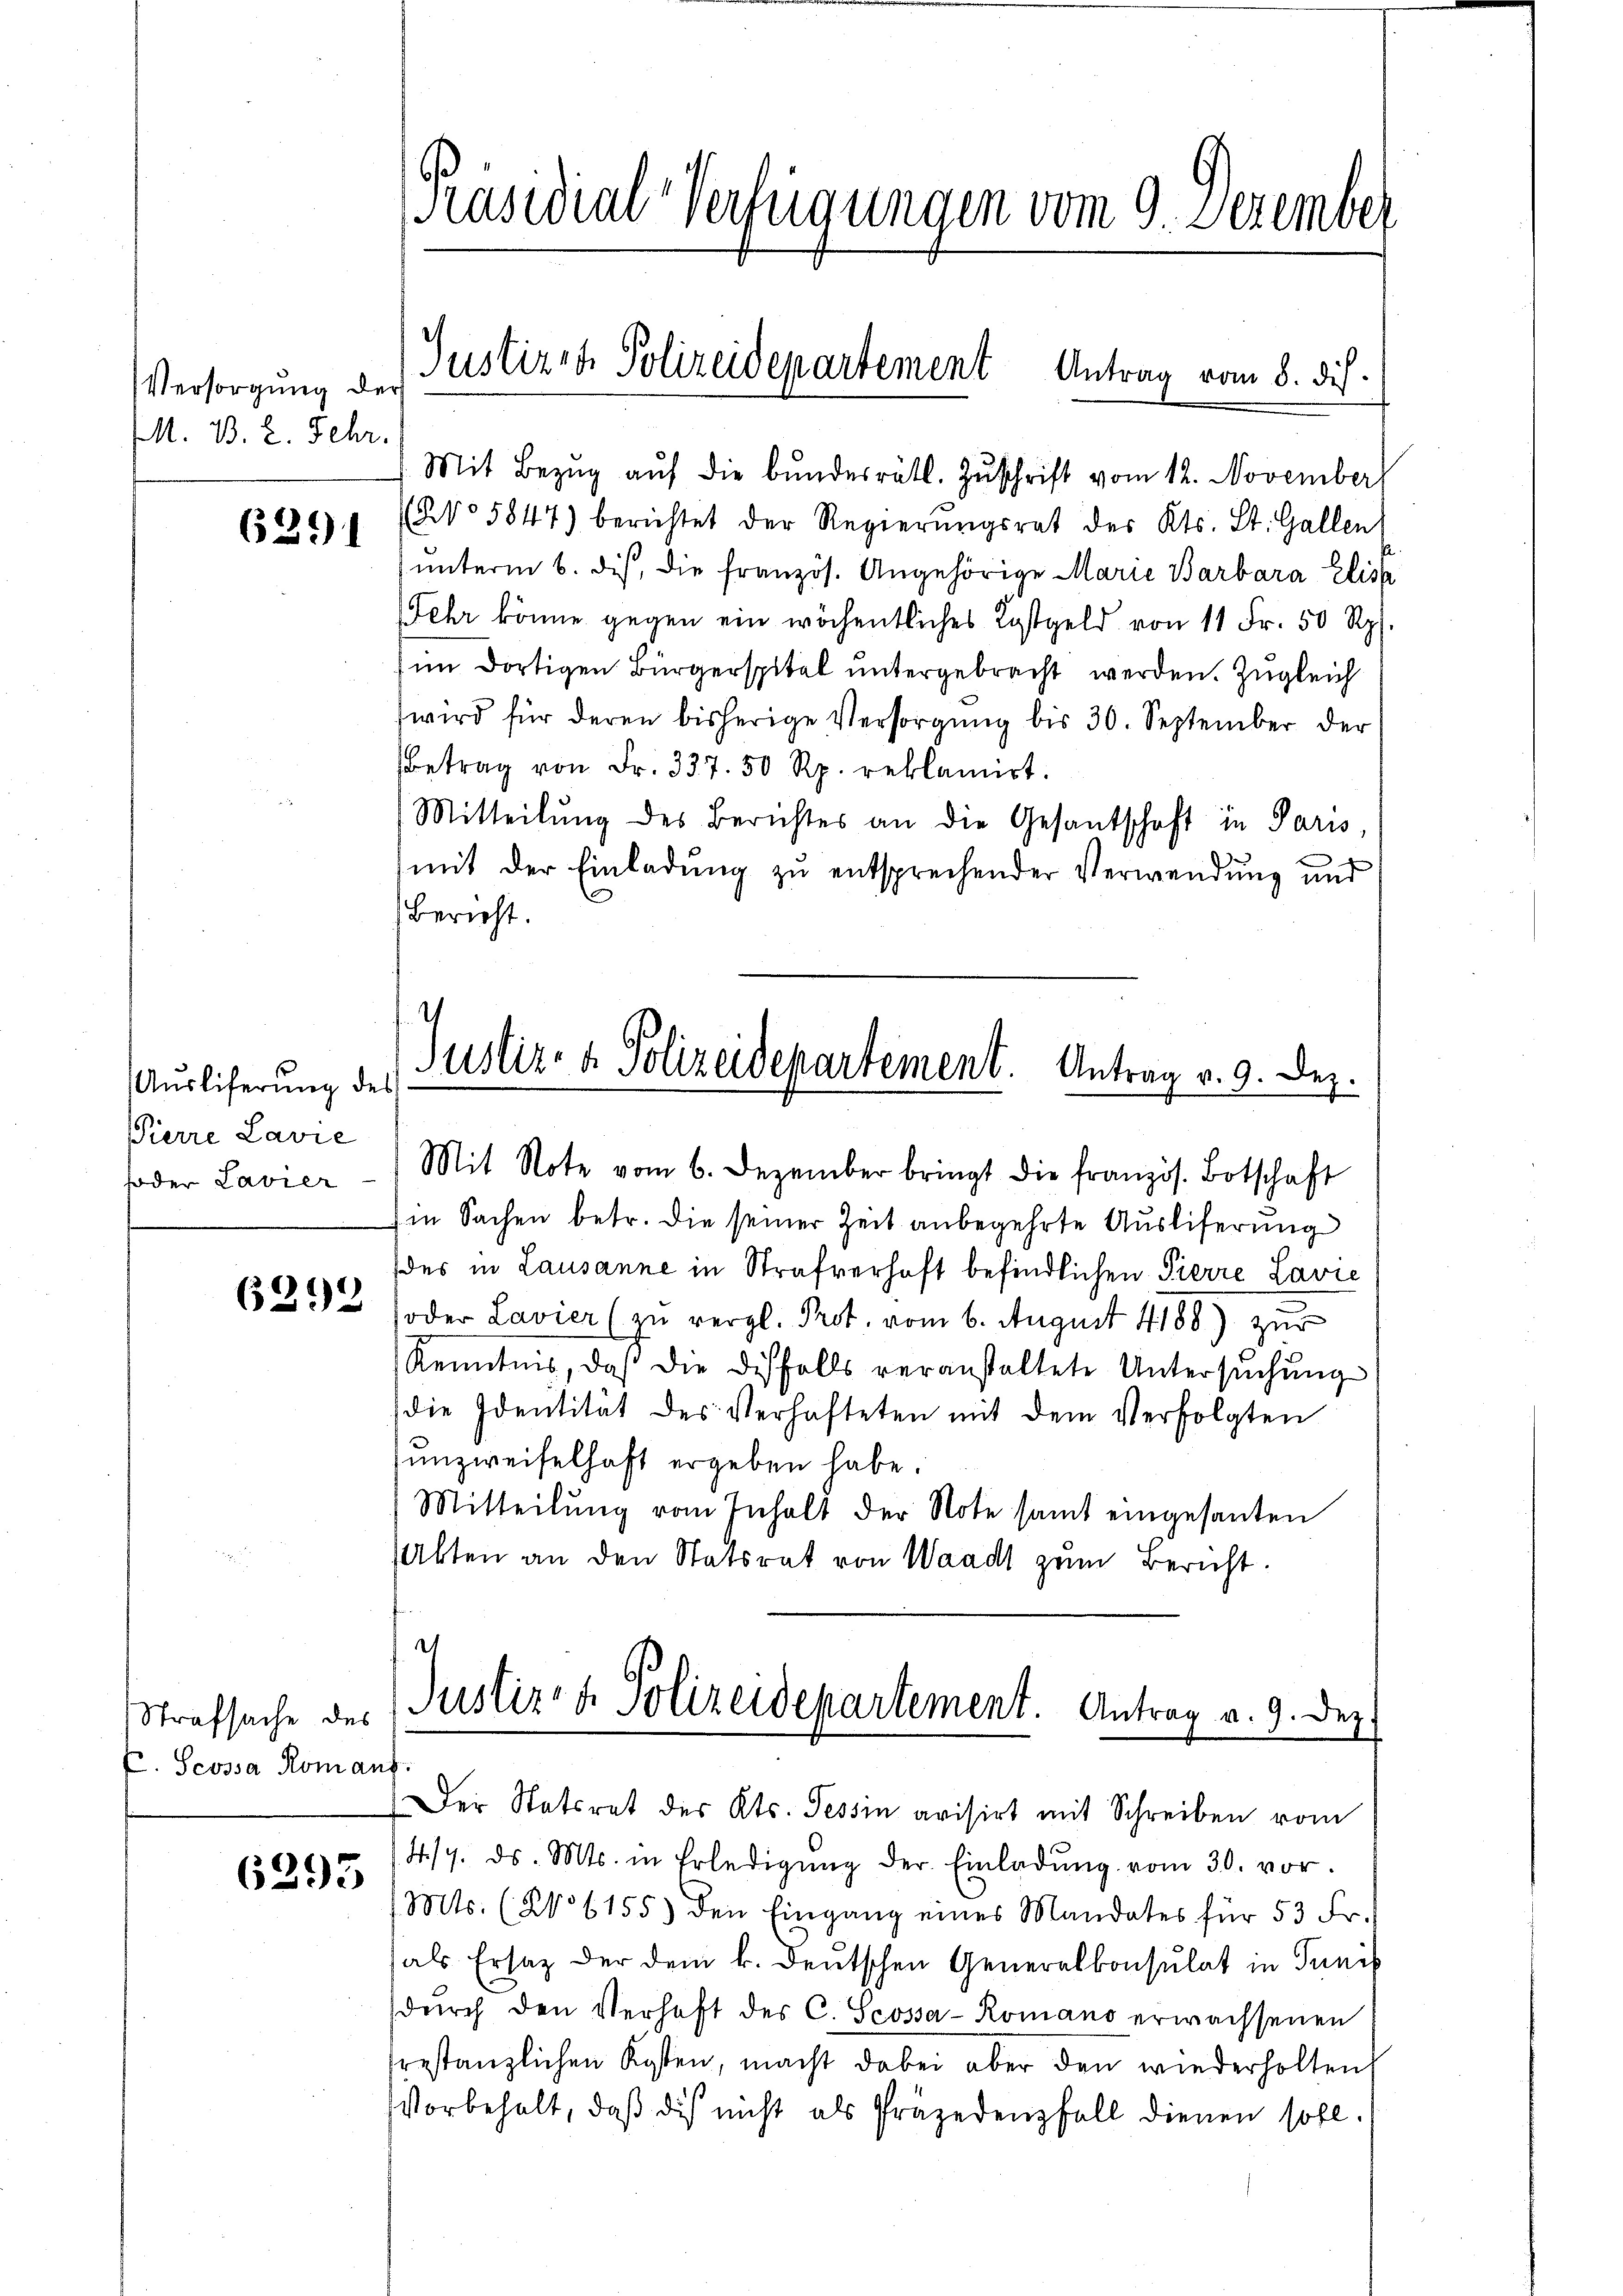
Versorgung der
M. B. 2. Fehr.

6391

Ausliferung des
Pierre Lavie
foder Lavier

6292

Strafsache des
E. Scossa Roma

6295

Präsidial-Verfügungen vom 9. Dezember

Justiren Polizeidepartement Antrag vom 8. ds.

Mit Bezŭg aŭf die bŭndesrätl. Zŭschrift vom 12. November,
NNo 5847) berichtet der Regierŭngsrat des Kts. St. Gallen,
unterm 6. dis, die französ. Angehörige Marie Barbara Elis
Fehr könne gegen ein wöchentliches Kostgeld von 11 Fr. 50 Rp.
im dortigen Bürgerspital untergebracht werden. Zugleich
wird für deren bisherige Versorgŭng bis 30. September der
Betrag von Fr. 337. 50 Rp. reklamirt.
Mitteilŭng des Berichtes an die Gesantschaft in Paris
mit der Einladung zu entsprechender Verwendung und
Bericht.
4
Justiz- & Polizeidepartement. Antrag v. 9. Dez.

f

Mit Note vom 6. Dezember bringt die französ. Botschaft
in Sachen betr. die seiner Zeit anbegehrte Auslieferung
des in Lausanne in Strafverhaft befindlichen Pierre Lavie
oder Lavier (zu vergl. Prot. vom 6. August 4188) zur
Kenntnis, daß die disfalls veranstaltete Untersŭchŭng
die Identität des Verhafteten mit dem Verfolgten
ŭnzweifelhaft ergeben habe.
Mitteilung vom Inhalt der Note samt eingesanten
Akten an den Statsrat von Waadt zum Bericht.

h
Justiz- & Polizeidepartement. Antrag v. 9. Dez.
uf.
Der Statiret des Kts. Tessin avisirt mit Schreiben vom

1419. ds. Mts. in Erledigŭng der Einladŭng vom 30. vor.
(Mts. (No 6155) den Eingang eines Mandates für 53 Fr.
als Ersatz der dem k. deutschen Generalkonsulat in Tunis
dŭrch den Verhaft des C. Scossa-Romano erwachsenen
restanzlichen Kosten, macht dabei aber den wiederholten
Vorbehalt, daß die nicht als Präjedenfall dienen soll.